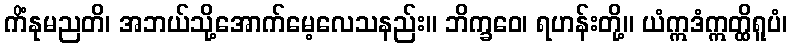
ကိံနုမညတိ၊ အဘယ်သို့အောက်မေ့လေသနည်း။ ဘိက္ခဝေ၊ ရဟန်းတို့။ ယံဣဒံဣတ္ထိရူပံ၊